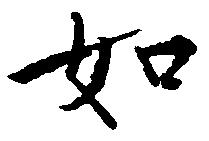
如